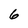
Character: 6